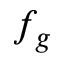
f _ { g }